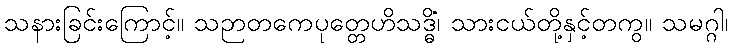
သနားခြင်းကြောင့်။ သဉာတကေပုတ္တေဟိသဒ္ဓိံ၊ သားငယ်တို့နှင့်တကွ။ သမဂ္ဂါ၊